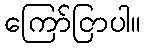
ကြော်ငြာပါ။